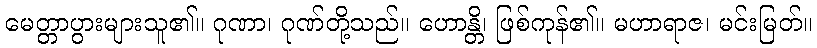
မေတ္တာပွားများသူ၏။ ဂုဏာ၊ ဂုဏ်တို့သည်။ ဟောန္တိ၊ ဖြစ်ကုန်၏။ မဟာရာဇ၊ မင်းမြတ်။